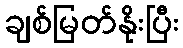
ချစ်မြတ်နိုးပြီး